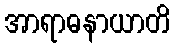
အာရာဓနာယာတိ